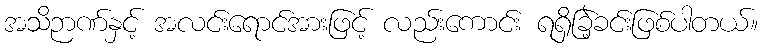
အသိဉာဏ်နှင့် အလင်းရောင်အားဖြင့် လည်းကောင်း ရရှိခြဲ့ခင်းဖြစ်ပါတယ်။